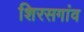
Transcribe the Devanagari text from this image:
शिरसगांव